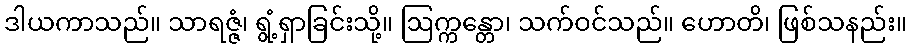
ဒါယကာသည်။ သာရဇ္ဇံ၊ ရွံ့ရှာခြင်းသို့။ ဩက္ကန္တော၊ သက်ဝင်သည်။ ဟောတိ၊ ဖြစ်သနည်း။